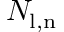
N _ { \mathrm { l , n } }